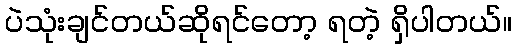
ပဲသုံးချင်တယ်ဆိုရင်တော့ ရတဲ့ ရှိပါတယ်။